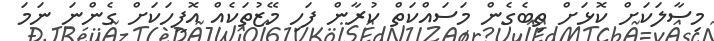
މިސާލަކަށް ކޮޅަށް ތިބެގެން މަސައްކަތް ކުރާން ފަހި މޭޒުތަކެއް އޮފީހަކަށް ގެންނަ ނަމަ